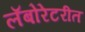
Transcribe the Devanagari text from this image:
लॅबोरेटरीत